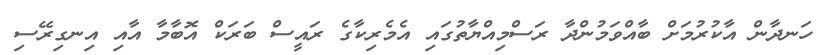
ހަނދާން އާކުރުމަށް ބާއްވަމުންދާ ރަސްމިއްޔާތުގައި އެމެރިކާގެ ރައީސް ބަރަކް އޮބާމާ އާއި އިނގިރޭސި